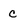
Character: c